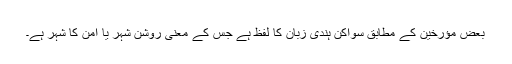
بعض مؤرخين کے مطابق سواکن ہندی زبان کا لفظ ہے جس کے معنی روشن شہر یا امن کا شہر ہے۔